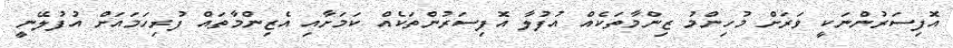
އޮފިސަރުންނަކީ ވަރަށް މުހިންމު ޒިންމާތަކެއް އުފުލާ އޮފިސަރުންތަކެއް ކަމަށާއި އެޒިންމާތައް ފުރިހަމައަށް އުފުލޭނީ